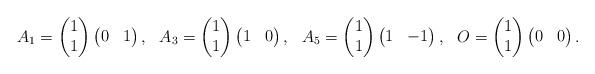
LaTeX: \begin{align*}A_1 = \begin{pmatrix} 1 \\ 1 \end{pmatrix} \begin{pmatrix} 0 & 1 \end{pmatrix},&&A_3 = \begin{pmatrix} 1 \\ 1 \end{pmatrix} \begin{pmatrix} 1 & 0 \end{pmatrix},&&A_5 = \begin{pmatrix} 1 \\ 1 \end{pmatrix} \begin{pmatrix} 1 & -1 \end{pmatrix},&&O = \begin{pmatrix} 1 \\ 1 \end{pmatrix} \begin{pmatrix} 0 & 0 \end{pmatrix}.&&\end{align*}